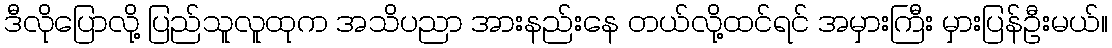
ဒီလိုပြောလို့ ပြည်သူလူထုက အသိပညာ အားနည်းနေ တယ်လို့ထင်ရင် အမှားကြီး မှားပြန်ဦးမယ်။